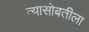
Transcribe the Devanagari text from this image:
त्यासोबतीला